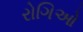
રોગિઓ